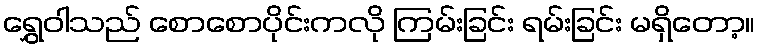
ရွှေဝါသည် စောစောပိုင်းကလို ကြမ်းခြင်း ရမ်းခြင်း မရှိတော့။